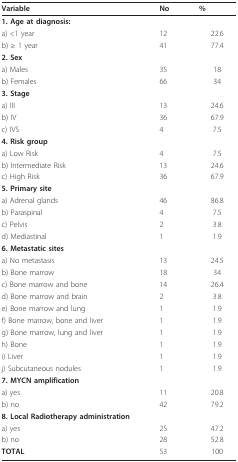
<table><thead><tr><td><b>Variable</b></td><td><b>No</b></td><td><b>%</b></td></tr></thead><tbody><tr><td><b>1. Age at diagnosis</b>:</td><td></td><td></td></tr><tr><td>a) &lt;1 year</td><td>12</td><td>22.6</td></tr><tr><td>b) ≥ 1 year</td><td>41</td><td>77.4</td></tr><tr><td><b>2. Sex</b></td><td></td><td></td></tr><tr><td>a) Males</td><td>35</td><td>18</td></tr><tr><td>b) Females</td><td>66</td><td>34</td></tr><tr><td><b>3. Stage</b></td><td></td><td></td></tr><tr><td>a) III</td><td>13</td><td>24.6</td></tr><tr><td>b) IV</td><td>36</td><td>67.9</td></tr><tr><td>c) IVS</td><td>4</td><td>7.5</td></tr><tr><td><b>4. Risk group</b></td><td></td><td></td></tr><tr><td>a) Low Risk</td><td>4</td><td>7.5</td></tr><tr><td>b) Intermediate Risk</td><td>13</td><td>24.6</td></tr><tr><td>c) High Risk</td><td>36</td><td>67.9</td></tr><tr><td><b>5. Primary site</b></td><td></td><td></td></tr><tr><td>a) Adrenal glands</td><td>46</td><td>86.8</td></tr><tr><td>b) Paraspinal</td><td>4</td><td>7.5</td></tr><tr><td>c) Pelvis</td><td>2</td><td>3.8</td></tr><tr><td>d) Mediastinal</td><td>1</td><td>1.9</td></tr><tr><td><b>6. Metastatic sites</b></td><td></td><td></td></tr><tr><td>a) No metastasis</td><td>13</td><td>24.5</td></tr><tr><td>b) Bone marrow</td><td>18</td><td>34</td></tr><tr><td>c) Bone marrow and bone</td><td>14</td><td>26.4</td></tr><tr><td>d) Bone marrow and brain</td><td>2</td><td>3.8</td></tr><tr><td>e) Bone marrow and lung</td><td>1</td><td>1.9</td></tr><tr><td>f) Bone marrow, bone and liver</td><td>1</td><td>1.9</td></tr><tr><td>g) Bone marrow, lung and liver</td><td>1</td><td>1.9</td></tr><tr><td>h) Bone</td><td>1</td><td>1.9</td></tr><tr><td>i) Liver</td><td>1</td><td>1.9</td></tr><tr><td>j) Subcutaneous nodules</td><td>1</td><td>1.9</td></tr><tr><td><b>7. MYCN amplification</b></td><td></td><td></td></tr><tr><td>a) yes</td><td>11</td><td>20.8</td></tr><tr><td>b) no</td><td>42</td><td>79.2</td></tr><tr><td><b>8. Local Radiotherapy administration</b></td><td></td><td></td></tr><tr><td>a) yes</td><td>25</td><td>47.2</td></tr><tr><td>b) no</td><td>28</td><td>52.8</td></tr><tr><td><b>TOTAL</b></td><td>53</td><td>100</td></tr></tbody></table>